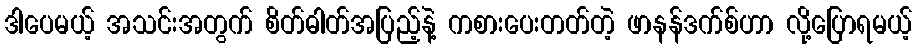
ဒါပေမယ့် အသင်းအတွက် စိတ်ဓါတ်အပြည့်နဲ့ ကစားပေးတတ်တဲ့ ဖာနန်ဒက်စ်ဟာ လို့ပြောရမယ့်